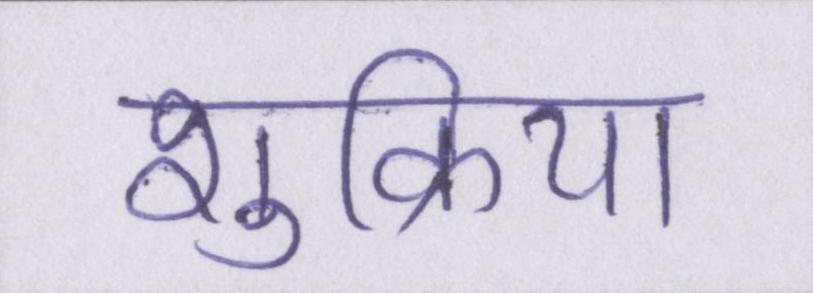
शुक्रिया